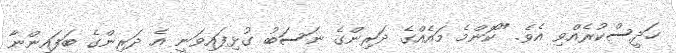
ހަދީސްކުރެއްވި އެވެ. "ކޮންމެ މައެއްގެ ދަރިންގެ ނަސަބު ގުޅިފައިވަނީ އެ ދަރިންގެ ބަފައިންނާ